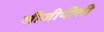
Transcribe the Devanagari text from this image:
सीजीपीसी